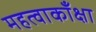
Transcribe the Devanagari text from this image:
महत्वाकाँक्षा